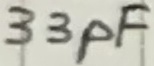
Text: 33pF